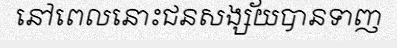
នៅពេលនោះជនសង្ស័យបានទាញ